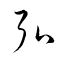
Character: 弘